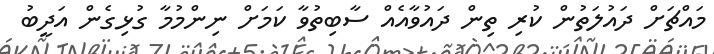
މައްޗަށް ދައުލަތުން ކުރި ތިން ދައުވާއެއް ސާބިތުވާ ކަމަށް ނިންމުމާ ގުޅިގެން އަދީބު